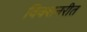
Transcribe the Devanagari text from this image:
विक्शनरीत